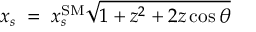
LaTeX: x _ { s } \; = \; x _ { s } ^ { \mathrm { S M } } \sqrt { 1 + z ^ { 2 } + 2 z \cos \theta } \;